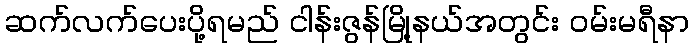
ဆက်လက်ပေးပို့ရမည် ငါန်းဇွန်မြို့နယ်အတွင်း ဝမ်းမရီနာ